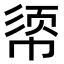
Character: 𫷈